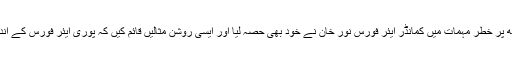
صرف یہی نہیںبلکہ کچھ پُر خطر مہمات میں کمانڈر ایئر فورس نور خان نے خود بھی حصہ لیا اور ایسی روشن مثالیں قائم کیں کہ پوری ایئر فورس کے اندر جوش و جذبہ بھر گیا۔